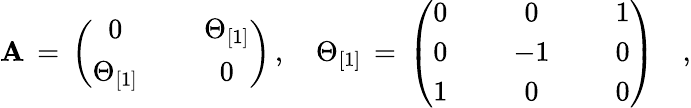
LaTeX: \mathbf{A}\, =\, \left(\begin{array}{ccc}{{0}}&{{{\, \, }}}&{{\Theta_{[1]}}}\\ {{\Theta_{[1]}}}&{{{\, \, }}}&{{0}}\end{array}\right)\, ,\quad\Theta_{[1]}\, =\, \left(\begin{array}{ccccc}{{0}}&{{{\, \, }}}&{{0}}&{{{\, \, }}}&{{1}}\\ {{0}}&{{{\, \, }}}&{{-1}}&{{{\, \, }}}&{{0}}\\ {{1}}&{{{\, \, }}}&{{0}}&{{{\, \, }}}&{{0}}\end{array}\right)\quad,